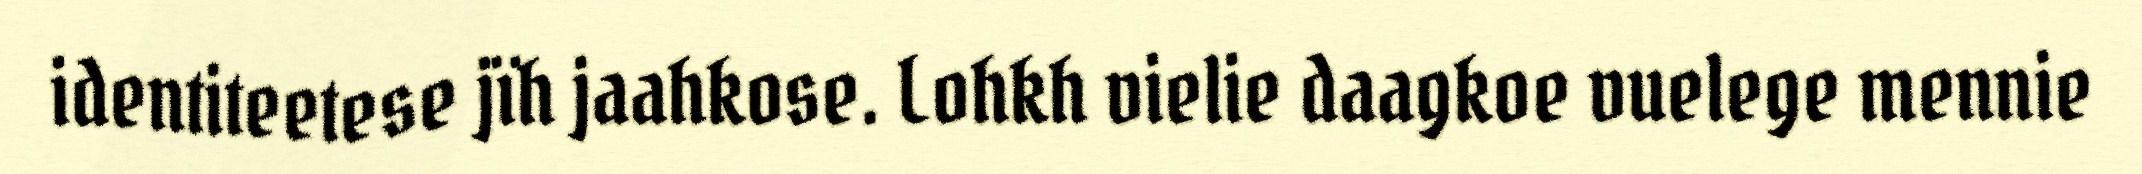
identiteetese jïh jaahkose. Lohkh vielie daagkoe vuelege mennie